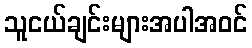
သူငယ်ချင်းများအပါအဝင်